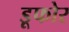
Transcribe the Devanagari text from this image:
डूफोर